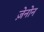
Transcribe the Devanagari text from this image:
ज़ेनोन